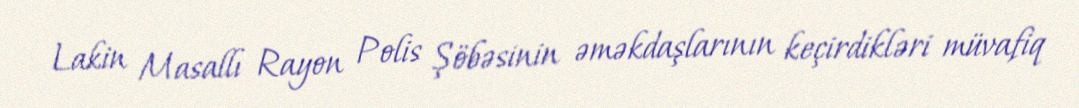
Lakin Masallı Rayon Polis Şöbəsinin əməkdaşlarının keçirdikləri müvafiq